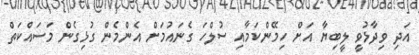
އަދި ވިދާޅުވީ ލީބިޔާ އަށް ހިމޭންކަމާއި ސުލްހަ ގެނައުމަށް އެންމެން ގުޅިގެން މަސައްކަތް